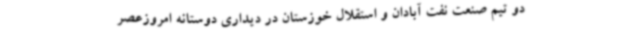
دو تیم صنعت نفت آبادان و استقلال خوزستان در دیداری دوستانه امروزعصر